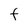
Character: F